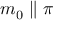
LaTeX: m _ { 0 } \parallel \pi